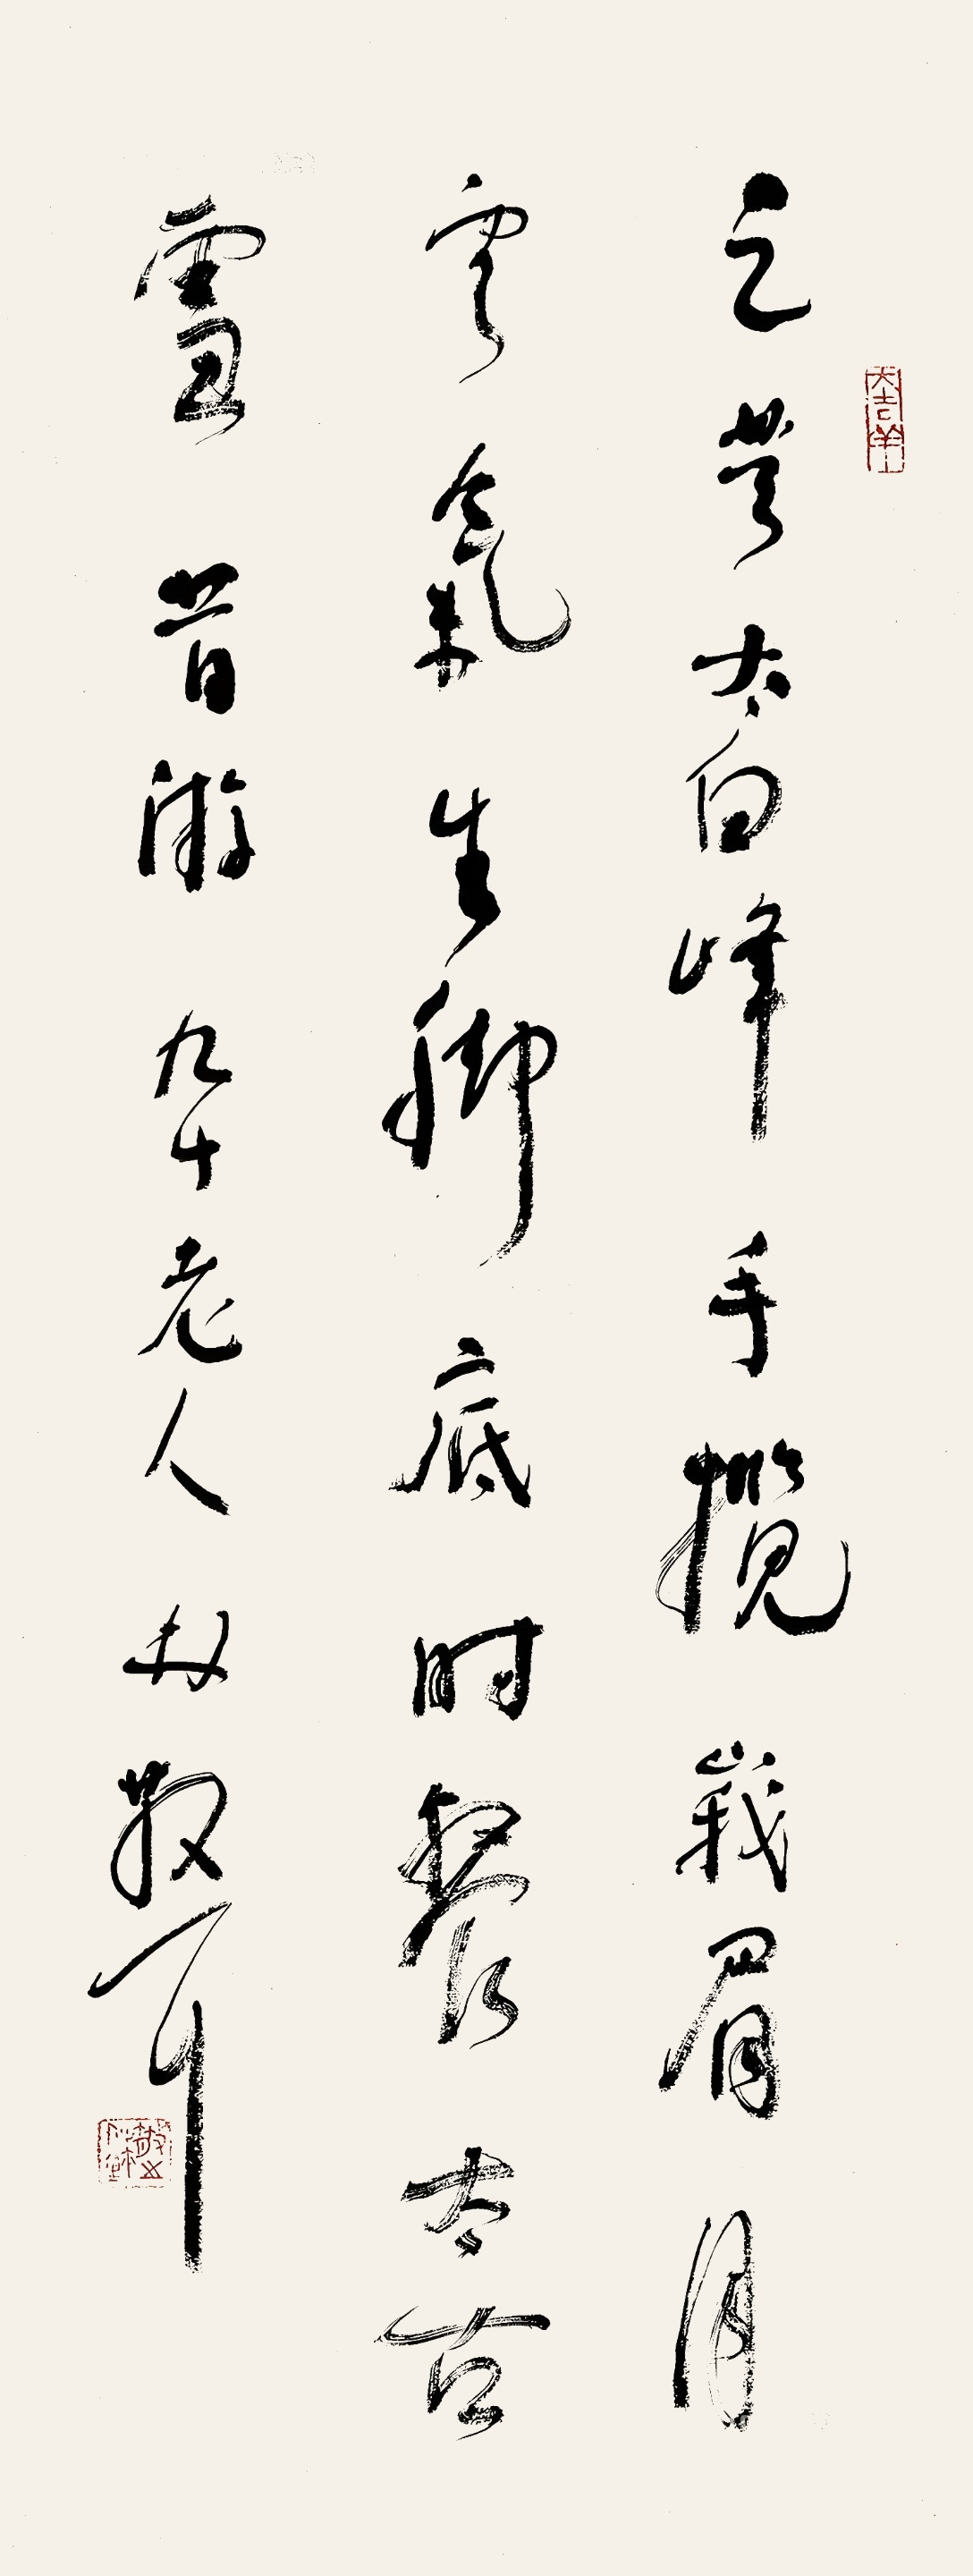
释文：足登太白峰，手揽峨眉月。云气生脚底，时餐太古雪。昔游。九十老人林散耳。